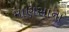
માણસાના